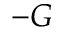
- G